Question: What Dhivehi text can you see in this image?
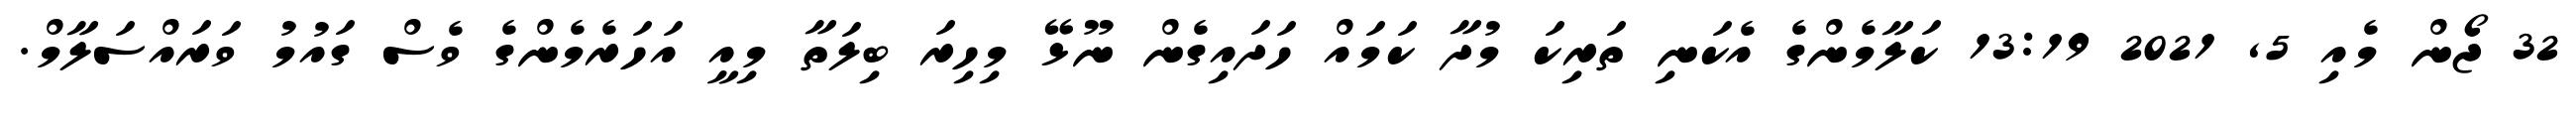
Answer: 32 ޖޯން މެއި 5, 2021 13:19 ކަލާމެންގެ އެކަނި ތަރިކަ މުދާ ކަމައް ހަދައިގެން ނޫޅޭ މިހިރަ ބިލަތާ މިއީ އަހަރެމެންގެ ވެސް ގައުމު ވަރައްސަލާމް.